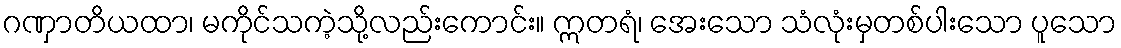
ဂဏှာတိယထာ၊ မကိုင်သကဲ့သို့လည်းကောင်း။ ဣတရံ၊ အေးသော သံလုံးမှတစ်ပါးသော ပူသော